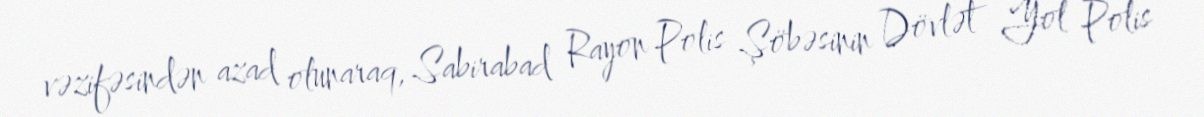
vəzifəsindən azad olunaraq, Sabirabad Rayon Polis Şöbəsinin Dövlət Yol Polis